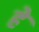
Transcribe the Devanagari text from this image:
हे